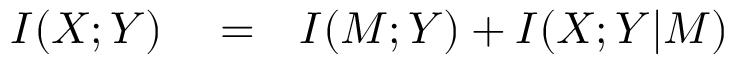
\begin{array} { r l r } { I ( X ; Y ) } & { { } = } & { I ( M ; Y ) + I ( X ; Y \vert M ) } \end{array}